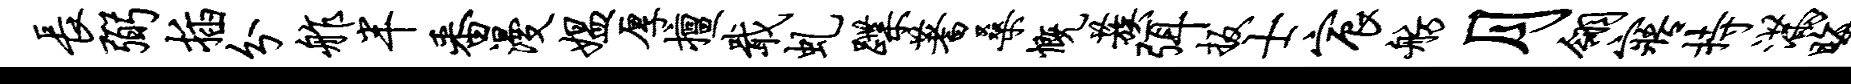
长弼插分舴半番漫媪厚擅戢虬蹀蓍桑慨蔟弭扳士宸舫月翎寤持满晦